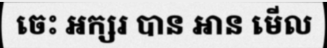
ចេះ អក្សរ បាន អាន មើល